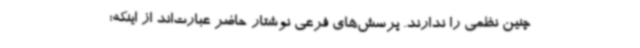
چنین نظمی را ندارند. پرسش‌های فرعی نوشتار حاضر عبارت‌اند از اینکه: